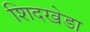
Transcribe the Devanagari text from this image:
शिदखेडा